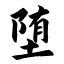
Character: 堕